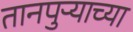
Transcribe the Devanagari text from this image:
तानपुऱ्याच्या